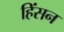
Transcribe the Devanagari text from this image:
हिंसन